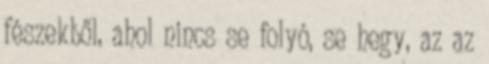
fészekből, ahol nincs se folyó, se hegy, az az